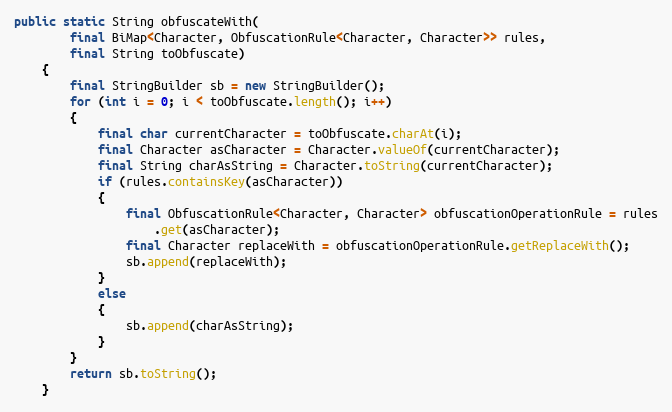
Language: Java
public static String obfuscateWith(
		final BiMap<Character, ObfuscationRule<Character, Character>> rules,
		final String toObfuscate)
	{
		final StringBuilder sb = new StringBuilder();
		for (int i = 0; i < toObfuscate.length(); i++)
		{
			final char currentCharacter = toObfuscate.charAt(i);
			final Character asCharacter = Character.valueOf(currentCharacter);
			final String charAsString = Character.toString(currentCharacter);
			if (rules.containsKey(asCharacter))
			{
				final ObfuscationRule<Character, Character> obfuscationOperationRule = rules
					.get(asCharacter);
				final Character replaceWith = obfuscationOperationRule.getReplaceWith();
				sb.append(replaceWith);
			}
			else
			{
				sb.append(charAsString);
			}
		}
		return sb.toString();
	}